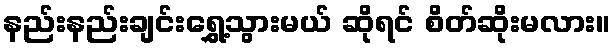
နည်းနည်းချင်းရွှေ့သွားမယ် ဆိုရင် စိတ်ဆိုးမလား။